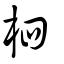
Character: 柶